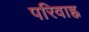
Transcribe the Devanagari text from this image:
परिवाह्न